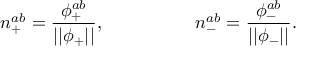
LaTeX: n _ { + } ^ { a b } = \frac { \phi _ { + } ^ { a b } } { | | \phi _ { + } | | } , \quad \quad \quad \quad \quad n _ { - } ^ { a b } = \frac { \phi _ { - } ^ { a b } } { | | \phi _ { - } | | } .